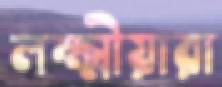
লক্ষ্মীয়ারা